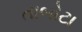
તાબોટા